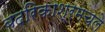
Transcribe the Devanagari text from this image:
बदरिकाश्रमचले